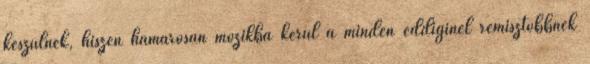
készülnek, hiszen hamarosan mozikba kerül a minden eddiginél rémisztőbbnek